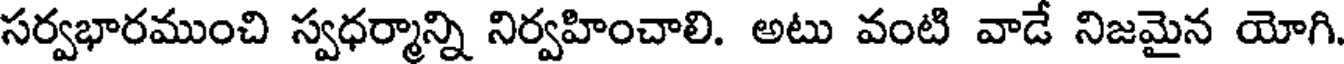
సర్వభారముంచి స్వధర్మాన్ని నిర్వహించాలి. అటు వంటి వాడే నిజమైన యోగి.